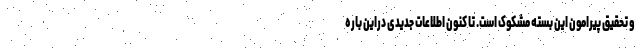
و تحقیق پیرامون این بسته مشکوک است. تا کنون اطلاعات جدیدی دراین باره